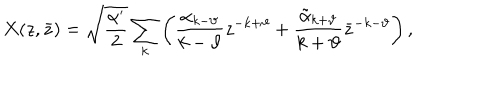
X ( z , \bar { z } ) = \sqrt { \frac { \alpha ^ { \prime } } { 2 } } \sum _ { k } \left( \frac { \alpha _ { k - \vartheta } } { k - \vartheta } z ^ { - k + \vartheta } + \frac { \tilde { \alpha } _ { k + \vartheta } } { k + \vartheta } \bar { z } ^ { - k - \vartheta } \right) ,